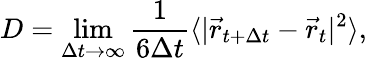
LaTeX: D=\operatorname*{lim}_{\Delta t\to\infty}{\frac{1}{6\Delta t}\langle|\vec{r}_{t+\Delta t}-\vec{r}_{t}|^{2}\rangle},